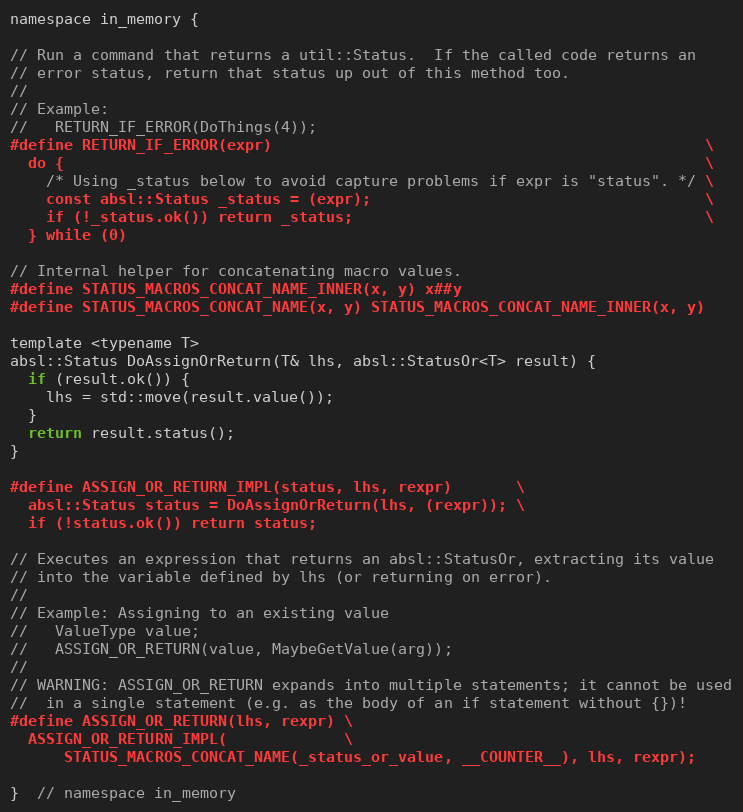
Language: C
namespace in_memory {

// Run a command that returns a util::Status.  If the called code returns an
// error status, return that status up out of this method too.
//
// Example:
//   RETURN_IF_ERROR(DoThings(4));
#define RETURN_IF_ERROR(expr)                                                \
  do {                                                                       \
    /* Using _status below to avoid capture problems if expr is "status". */ \
    const absl::Status _status = (expr);                                     \
    if (!_status.ok()) return _status;                                       \
  } while (0)

// Internal helper for concatenating macro values.
#define STATUS_MACROS_CONCAT_NAME_INNER(x, y) x##y
#define STATUS_MACROS_CONCAT_NAME(x, y) STATUS_MACROS_CONCAT_NAME_INNER(x, y)

template <typename T>
absl::Status DoAssignOrReturn(T& lhs, absl::StatusOr<T> result) {
  if (result.ok()) {
    lhs = std::move(result.value());
  }
  return result.status();
}

#define ASSIGN_OR_RETURN_IMPL(status, lhs, rexpr)       \
  absl::Status status = DoAssignOrReturn(lhs, (rexpr)); \
  if (!status.ok()) return status;

// Executes an expression that returns an absl::StatusOr, extracting its value
// into the variable defined by lhs (or returning on error).
//
// Example: Assigning to an existing value
//   ValueType value;
//   ASSIGN_OR_RETURN(value, MaybeGetValue(arg));
//
// WARNING: ASSIGN_OR_RETURN expands into multiple statements; it cannot be used
//  in a single statement (e.g. as the body of an if statement without {})!
#define ASSIGN_OR_RETURN(lhs, rexpr) \
  ASSIGN_OR_RETURN_IMPL(             \
      STATUS_MACROS_CONCAT_NAME(_status_or_value, __COUNTER__), lhs, rexpr);

}  // namespace in_memory